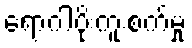
ရောဂါပိုးကူးစက်မှု